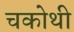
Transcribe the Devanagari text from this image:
चकोथी